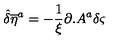
{ \hat { \delta } } { \overline { { \eta } } } ^ { a } = - \frac { 1 } { \xi } \partial . A ^ { a } \delta \varsigma